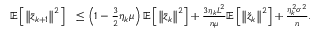
\begin{array} { r l } { \mathbb { E } \left[ \left\Vert \bar { z } _ { k + 1 } \right\Vert ^ { 2 } \right] } & { \leq \left( 1 - \frac { 3 } { 2 } \eta _ { k } \mu \right) \mathbb { E } \left[ \left\Vert \bar { z } _ { k } \right\Vert ^ { 2 } \right] + \frac { 3 \eta _ { k } L ^ { 2 } } { n \mu } \mathbb { E } \left[ \left\Vert \check { z } _ { k } \right\Vert ^ { 2 } \right] + \frac { \eta _ { k } ^ { 2 } \sigma ^ { 2 } } { n } . } \end{array}